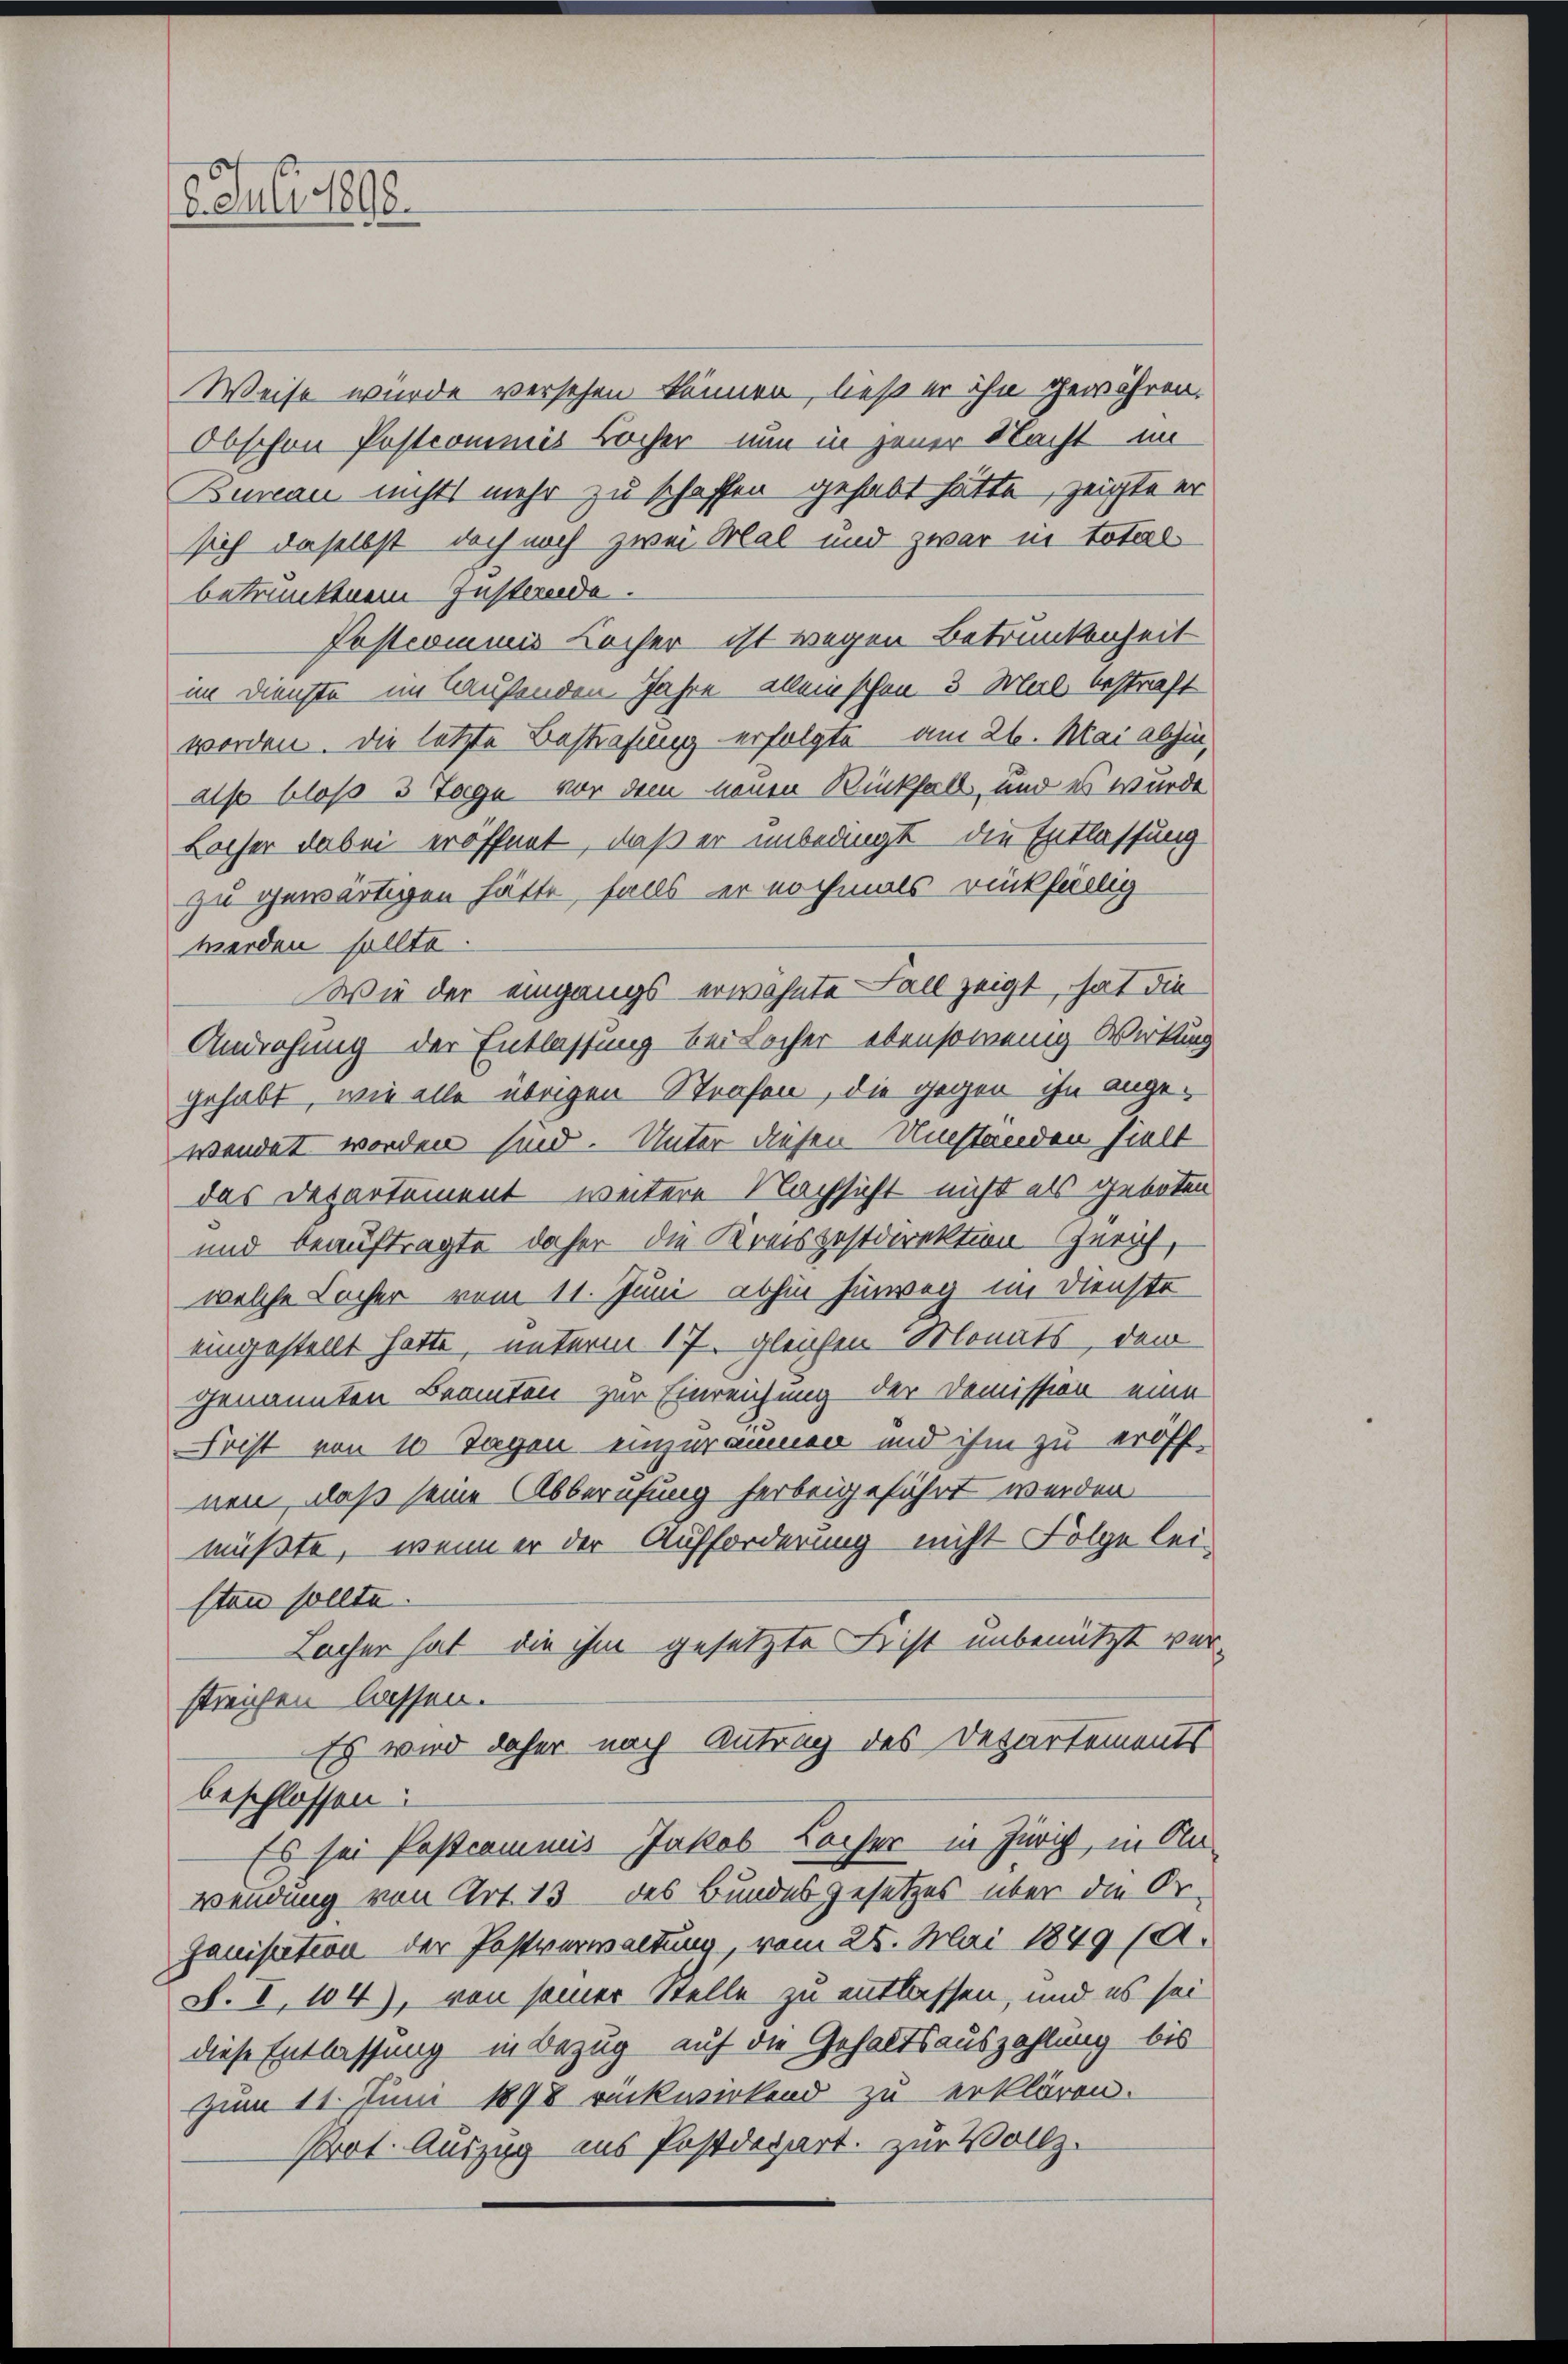
16. Juli 1898.

Weise wurde versehen können, ließ er ihn gewähren.
Obschon Postcommis Bacher nun in jener Nacht im
Bureau nichts mehr zu schaffen gehabt hätte, zeigte er
sich daselbst doch noch zwei Mal und zwar in total
betrunkenem Zustande.
Postcommis Locher ist wegen Betrunkenheit
im Dienste im laufenden Jahre allein schon 3. Mal bestraft
worden. Die letzte Bestrafung erfolgte am 26. Mai abhin,
also bloß 3 Tage vor dem neuen Rückfall, und es wurde
Locher dabei eröffnet, daß er unbedingt die Entlassung
zu gewärtigen hätte, falls er nochmals rückfällig
werden sollte.
Wie der eingangs erwähnte Fall zeigt, hat die
Androhung der Entlassung bei Locher ebensowenig Wirkung
gehabt, wie alle übrigen Strafen, die gegen ihn ange-
wendet worden sind. Unter diesen Umstanden hielt
das Departement weitere Nachsicht nicht als geboten
und beauftragte daher die Kreispostdirektion Zürich,
welche Locher vom 11. Juni abhin hinweg im Dienste
eingestellt hatte, unterm 17. gleichen Monats, dem
genannten Beamten zur Einreichung der Demission eine
Frist von 10 Tagen einzuräumen und ihm zu eröff-
nen, daß seine Abberufung herbeigeführt werden
müßte, wenn er der Aufforderung nicht Folge lei-
sten sollte.
Lacher hat die ihm gesetzte Frist unbenützt verstreichen lassen.
Es wird daher nach Antrag des Departements
beschlossen:
Es sei Postcommis Jakob Lacher in Zürich, in An-
wendung von Art. 13 des Bundesgesetzes über die Or-
ganisation der Postverwaltung, vom 28. Mai 1849/A.
S. I, 104), von seiner Stelle zu entlassen, und es sei
diese Entlassung in Bezug auf die Gehaltsauszahlung bis
Zum 11. Juni 1898 rückwirkend zu erklären.
Prot. Auszug aus Postdepart. zur Vollz.